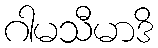
ဂါမသီမာဒိ